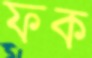
ফক